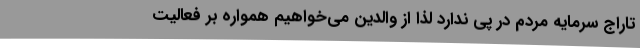
تاراج سرمایه مردم در پی ندارد لذا از والدین می‌خواهیم همواره بر فعالیت